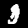
Label: 3